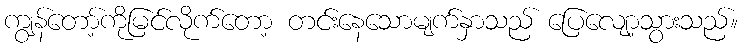
ကျွန်တော့်ကိုမြင်လိုက်တော့ တင်းနေသောမျက်နှာသည် ပြေလျော့သွားသည်။